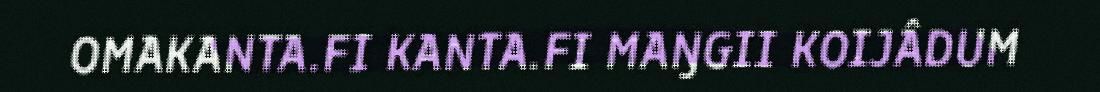
OMAKANTA.FI KANTA.FI MAŊGII KOIJÂDUM